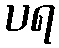
ပရ